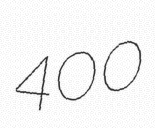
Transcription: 400